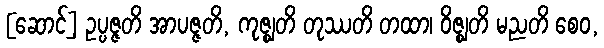
[ဆောင်] ဥပ္ပဇ္ဇတိ အာပဇ္ဇတိ, ကုဇ္ဈတိ တုဿတိ တထာ၊ ဝိဇ္ဈတိ မညတိ စေဝ,